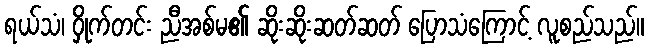
ရယ်သံ၊ ဝှိုက်တင်း ညီအစ်မ၏ ဆိုးဆိုးဆတ်ဆတ် ပြောသံကြောင့် လူစည်သည်။